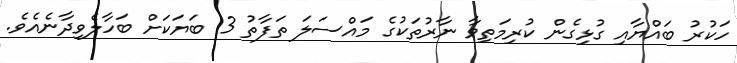
ހަކުރު ބައްޔާއި ގުޅިގެން ކުރިމަތިވާ ނާރުތަކުގެ މައްސަލަ ތަފާތު 3 ބަޔަކަށް ބަހާލެވިދާނެއެވެ.